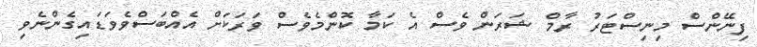
ފިނޭންސް މިނިސްޓަރު ރާމް ޝަރަން ވެސް އެ ކަމާ ކޮންމެވެސް ވަރަކަށް އެއްބަސްވެވަޑައިގެންނެވި